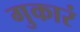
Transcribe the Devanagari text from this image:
गुकारं